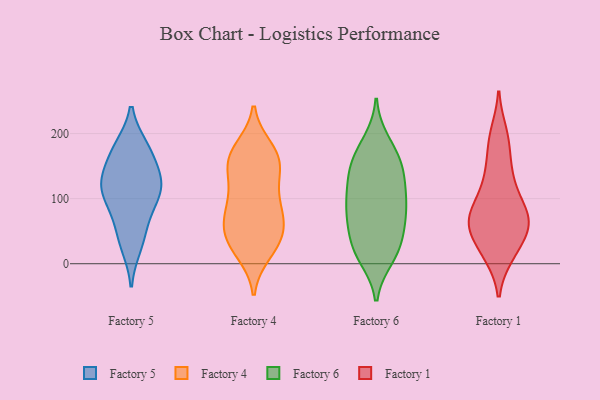
{"axis": {"x": "Operating Costs (USD K)", "y": "Value"}, "legend": ["Factory 1", "Factory 4", "Factory 5", "Factory 6"], "data": [{"x": "", "y": 126, "type": "Factory 5"}, {"x": "", "y": 42, "type": "Factory 5"}, {"x": "", "y": 178, "type": "Factory 5"}, {"x": "", "y": 93, "type": "Factory 5"}, {"x": "", "y": 110, "type": "Factory 5"}, {"x": "", "y": 126, "type": "Factory 5"}, {"x": "", "y": 116, "type": "Factory 5"}, {"x": "", "y": 170, "type": "Factory 5"}, {"x": "", "y": 73, "type": "Factory 5"}, {"x": "", "y": 131, "type": "Factory 5"}, {"x": "", "y": 175, "type": "Factory 5"}, {"x": "", "y": 28, "type": "Factory 5"}, {"x": "", "y": 17, "type": "Factory 4"}, {"x": "", "y": 95, "type": "Factory 4"}, {"x": "", "y": 117, "type": "Factory 4"}, {"x": "", "y": 81, "type": "Factory 4"}, {"x": "", "y": 177, "type": "Factory 4"}, {"x": "", "y": 39, "type": "Factory 4"}, {"x": "", "y": 78, "type": "Factory 4"}, {"x": "", "y": 89, "type": "Factory 4"}, {"x": "", "y": 142, "type": "Factory 4"}, {"x": "", "y": 140, "type": "Factory 4"}, {"x": "", "y": 171, "type": "Factory 4"}, {"x": "", "y": 157, "type": "Factory 4"}, {"x": "", "y": 51, "type": "Factory 4"}, {"x": "", "y": 61, "type": "Factory 4"}, {"x": "", "y": 21, "type": "Factory 4"}, {"x": "", "y": 166, "type": "Factory 4"}, {"x": "", "y": 47, "type": "Factory 4"}, {"x": "", "y": 35, "type": "Factory 4"}, {"x": "", "y": 161, "type": "Factory 4"}, {"x": "", "y": 119, "type": "Factory 6"}, {"x": "", "y": 16, "type": "Factory 6"}, {"x": "", "y": 43, "type": "Factory 6"}, {"x": "", "y": 25, "type": "Factory 6"}, {"x": "", "y": 146, "type": "Factory 6"}, {"x": "", "y": 93, "type": "Factory 6"}, {"x": "", "y": 78, "type": "Factory 6"}, {"x": "", "y": 19, "type": "Factory 6"}, {"x": "", "y": 160, "type": "Factory 6"}, {"x": "", "y": 133, "type": "Factory 6"}, {"x": "", "y": 187, "type": "Factory 6"}, {"x": "", "y": 87, "type": "Factory 6"}, {"x": "", "y": 175, "type": "Factory 6"}, {"x": "", "y": 75, "type": "Factory 6"}, {"x": "", "y": 153, "type": "Factory 6"}, {"x": "", "y": 85, "type": "Factory 6"}, {"x": "", "y": 123, "type": "Factory 6"}, {"x": "", "y": 52, "type": "Factory 6"}, {"x": "", "y": 10, "type": "Factory 6"}, {"x": "", "y": 56, "type": "Factory 1"}, {"x": "", "y": 190, "type": "Factory 1"}, {"x": "", "y": 55, "type": "Factory 1"}, {"x": "", "y": 200, "type": "Factory 1"}, {"x": "", "y": 96, "type": "Factory 1"}, {"x": "", "y": 60, "type": "Factory 1"}, {"x": "", "y": 79, "type": "Factory 1"}, {"x": "", "y": 63, "type": "Factory 1"}, {"x": "", "y": 14, "type": "Factory 1"}, {"x": "", "y": 127, "type": "Factory 1"}, {"x": "", "y": 14, "type": "Factory 1"}, {"x": "", "y": 127, "type": "Factory 1"}, {"x": "", "y": 28, "type": "Factory 1"}, {"x": "", "y": 66, "type": "Factory 1"}, {"x": "", "y": 79, "type": "Factory 1"}, {"x": "", "y": 159, "type": "Factory 1"}]}